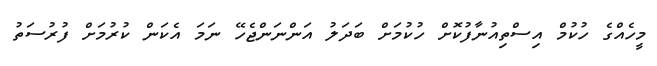
މީހެއްގެ ހުކުމް އިސްތިއުނާފުކޮށް ހުކުމަށް ބަދަލު އަންނަންޖެހޭ ނަމަ އެކަން ކުރުމަށް ފުރުސަތު